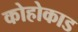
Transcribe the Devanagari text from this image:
कोहोकाड